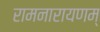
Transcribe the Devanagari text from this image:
रामनारायणम्